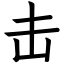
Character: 击